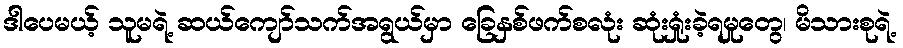
ဒါပေမယ့် သူမရဲ့ ဆယ်ကျော်သက်အရွယ်မှာ ခြေနှစ်ဖက်စလုံး ဆုံးရှုံးခဲ့ရမှုတွေ၊ မိသားစုရဲ့